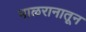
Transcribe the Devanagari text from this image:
माळरानातून